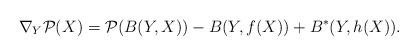
LaTeX: \begin{align*}\nabla_Y \mathcal{P}(X) =\mathcal{P}(B(Y,X)) - B(Y,f(X)) + B^*(Y,h(X)).\end{align*}